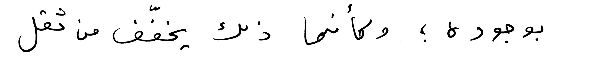
بوجوده ؛ وكأنما ذلك يخفّف من ثقل